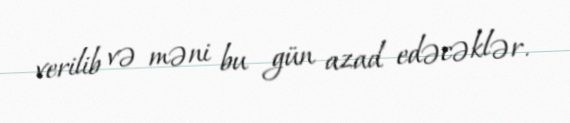
verilib və məni bu gün azad edəcəklər.